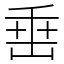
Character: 𡸁